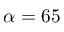
\alpha = 6 5